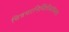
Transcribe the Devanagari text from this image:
चित्रपटनिर्मितीबरोबरच